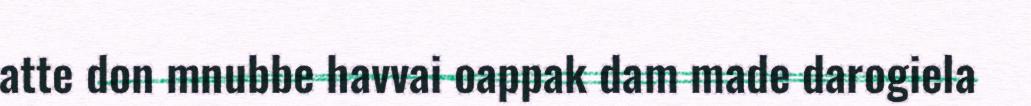
atte don mnubbe havvai oappak dam made darogiela